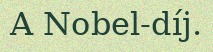
A Nobel-díj.